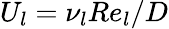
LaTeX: U_{l}=\nu_{l}Re_{l}/D